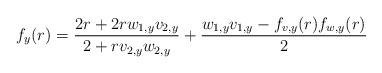
LaTeX: \begin{align*} f_y(r) = \frac{2r + 2r w_{1,y} v_{2, y}}{2 + r v_{2, y} w_{2, y}} + \frac{w_{1,y}v_{1,y} - f_{v, y}(r)f_{w, y}(r)}{2} \end{align*}